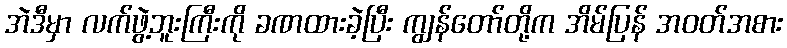
အဲဒီမှာ လက်ဖွဲ့ဘူးကြီးကို ခဏထားခဲ့ပြီး ကျွန်တော်တို့က အိမ်ပြန် အဝတ်အစား